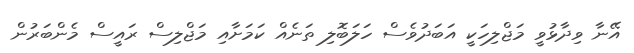
އޭނާ ވިދާޅުވީ މަޖްލިހަކީ އަބަދުވެސް ހަލަބޮލި ތަނެއް ކަމަށާއި މަޖްލިސް ރައީސް މެންބަރުން